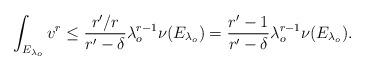
LaTeX: \begin{align*}\int_{E_{\lambda_o}}v^r\leq \frac{r'/r}{r'-\delta} \lambda_o ^{r-1} \nu(E_{\lambda_o})=\frac{r'-1}{r'-\delta}\lambda_o ^{r-1}\nu(E_{\lambda_o}).\end{align*}